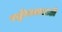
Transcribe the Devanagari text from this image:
राष्ट्रीयत्वासाठी